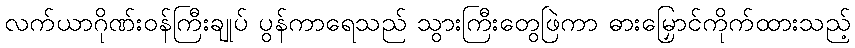
လက်ယာဂိုဏ်းဝန်ကြီးချုပ် ပွန်ကာရေသည် သွားကြီးတွေဖြဲကာ ဓားမြှောင်ကိုက်ထားသည့်